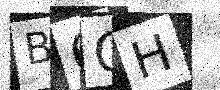
Text: B6OH